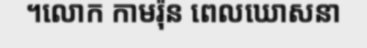
។លោក កាមរ៉ុន ពេលឃោសនា